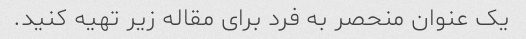
یک عنوان منحصر به فرد برای مقاله زیر تهیه کنید.